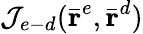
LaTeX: \mathcal{J}_{e-d}(\bar{\textbf{r}}^{e},\bar{\textbf{r}}^{d})